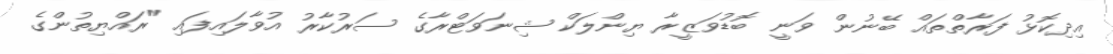
އިދިކޮޅު ފަރާތްތައް ބޭނުން ވަނީ ބޮޑުވަޒީރާ ޔިންލަކް ޝިނަވަޓްރާގެ ސަރުކާރު އުވާލައިފައި "ރައްޔިތުންގެ